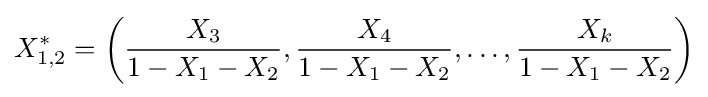
X_{1,2}^{*}=\left({\frac {X_{3}}{1-X_{1}-X_{2}}},{\frac {X_{4}}{1-X_{1}-X_{2}}},\ldots ,{\frac {X_{k}}{1-X_{1}-X_{2}}}\right)